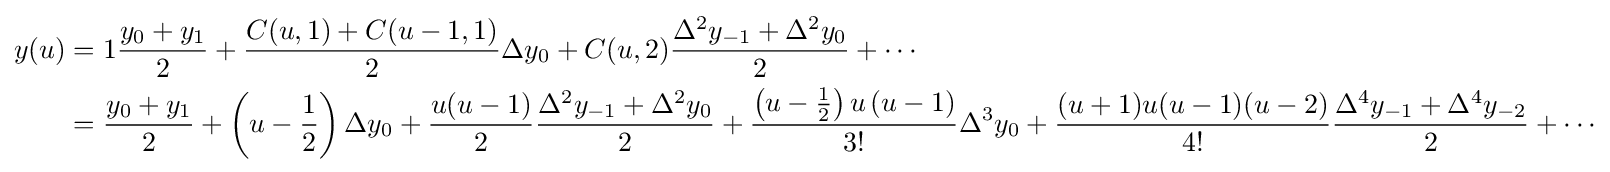
{\begin{aligned}y(u)&=1{\frac {y_{0}+y_{1}}{2}}+{\frac {C(u,1)+C(u-1,1)}{2}}\Delta y_{0}+C(u,2){\frac {\Delta ^{2}y_{-1}+\Delta ^{2}y_{0}}{2}}+\cdots \\&={\frac {y_{0}+y_{1}}{2}}+\left(u-{\frac {1}{2}}\right)\Delta y_{0}+{\frac {u(u-1)}{2}}{\frac {\Delta ^{2}y_{-1}+\Delta ^{2}y_{0}}{2}}+{\frac {\left(u-{\frac {1}{2}}\right)u\left(u-1\right)}{3!}}\Delta ^{3}y_{0}+{\frac {(u+1)u(u-1)(u-2)}{4!}}{\frac {\Delta ^{4}y_{-1}+\Delta ^{4}y_{-2}}{2}}+\cdots \\\end{aligned}}